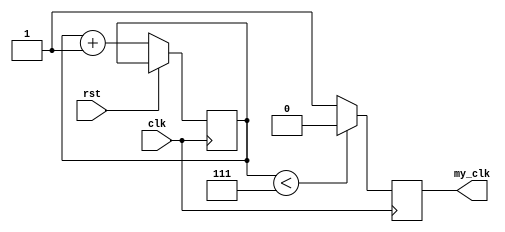
module my_clk_4 #(
    parameter CLK_DIV = 16
    // parameter CLK_DIV = 2
    )(
    input clk,  // clock
    input rst,  // reset
    output my_clk
  );

  assign my_clk = my_clk_q;
  
  parameter CTR_SIZE = $clog2(CLK_DIV); //$clog2(2**CLK_DIV);

  reg [CTR_SIZE-1:0] cnt_d, cnt_q;
  reg my_clk_q,my_clk_d;

  /* Combinational Logic */
  always @* begin
    //out = 0;
    cnt_d = cnt_q + 1'b1;
    if (cnt_q < {CTR_SIZE-1{1'b1}}) begin
       // counter isn't max value yet
      my_clk_d=1'b0;
    end else begin
      //cnt_d=0;
      my_clk_d=1'b1;
  //    ready_d = 1'b1; // counter reached the max, we are ready
    end
    
  end
  
  /* Sequential Logic */
  always @(posedge clk) begin
    if (rst) begin
      // Add flip-flop reset values here
     // cnt_q<=0;
    end else begin
      // Add flip-flop q <= d statements here
      cnt_q <= cnt_d;
    end
    my_clk_q <= my_clk_d;
  end
  
endmodule